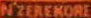
NZEREKORE